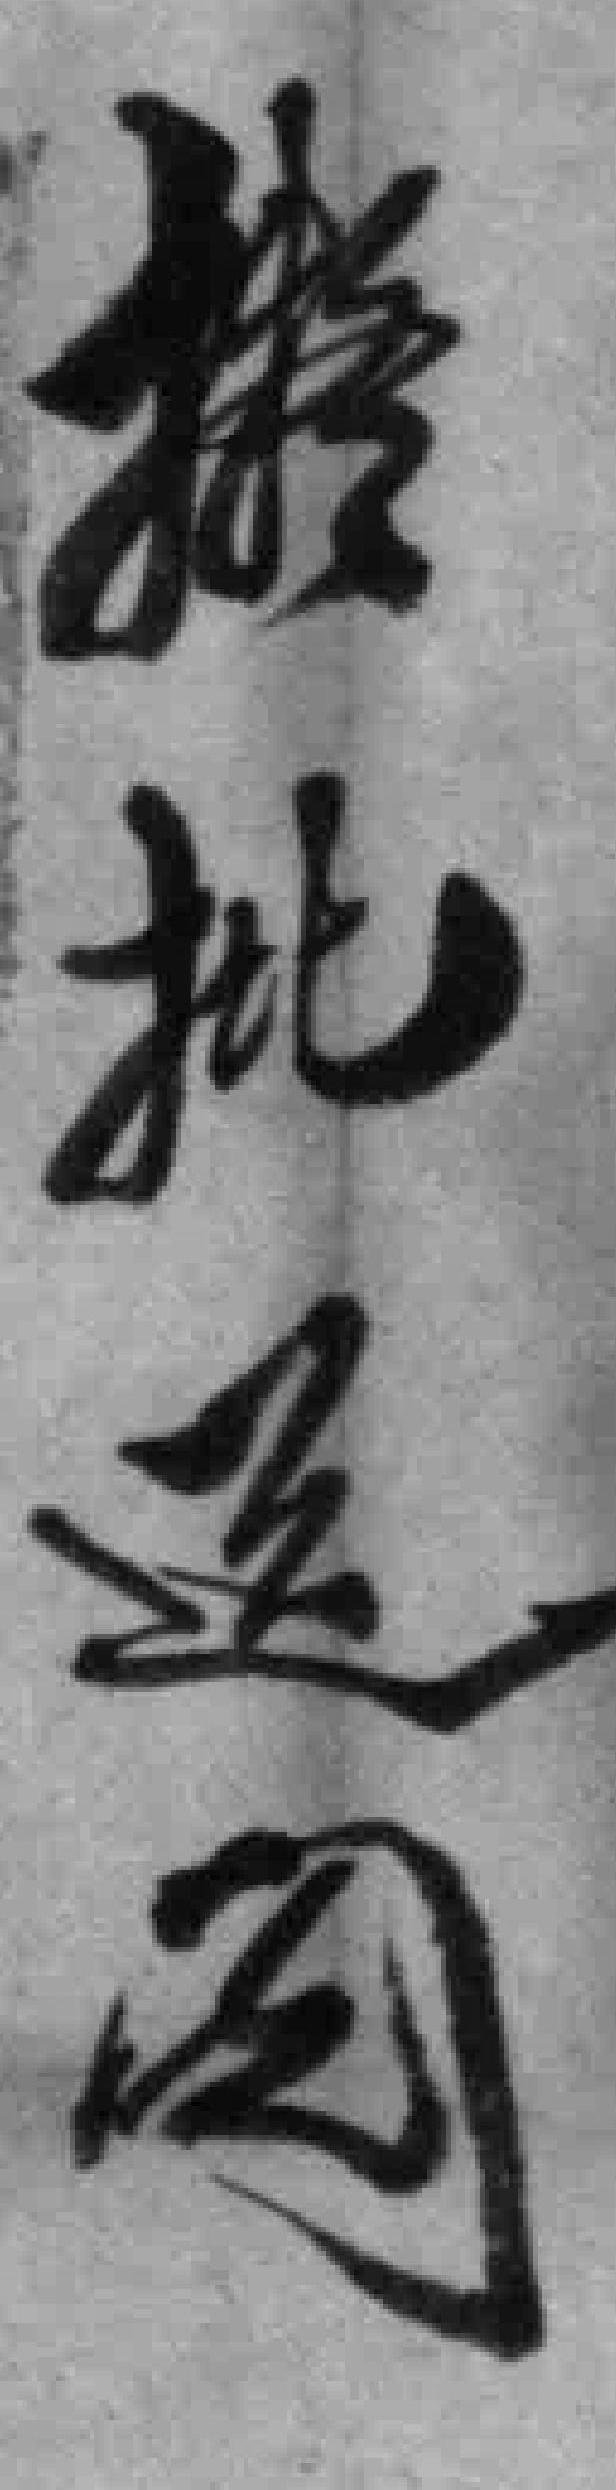
擬批送阅